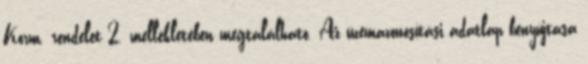
Korm. rendelet 2. mellékletében megtalálható. Az üzemazonosítási adatlap benyújtása